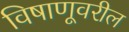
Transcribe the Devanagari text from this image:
विषाणूवरील